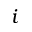
i